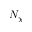
N _ { \chi }